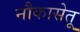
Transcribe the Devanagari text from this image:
नौकासेतू